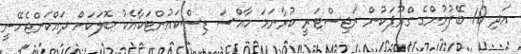
އަދި 10 ބޭފުޅުންގެ ގްރޫޕަކުން ރަޖިސްޓަރީ ކުރާނަމަ ހާއްސަ ޑިސްކައުންޓަކާއެކު ބޮލަކަށް ދައްކަންޖެހޭނީ